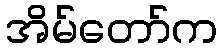
အိမ်တော်က